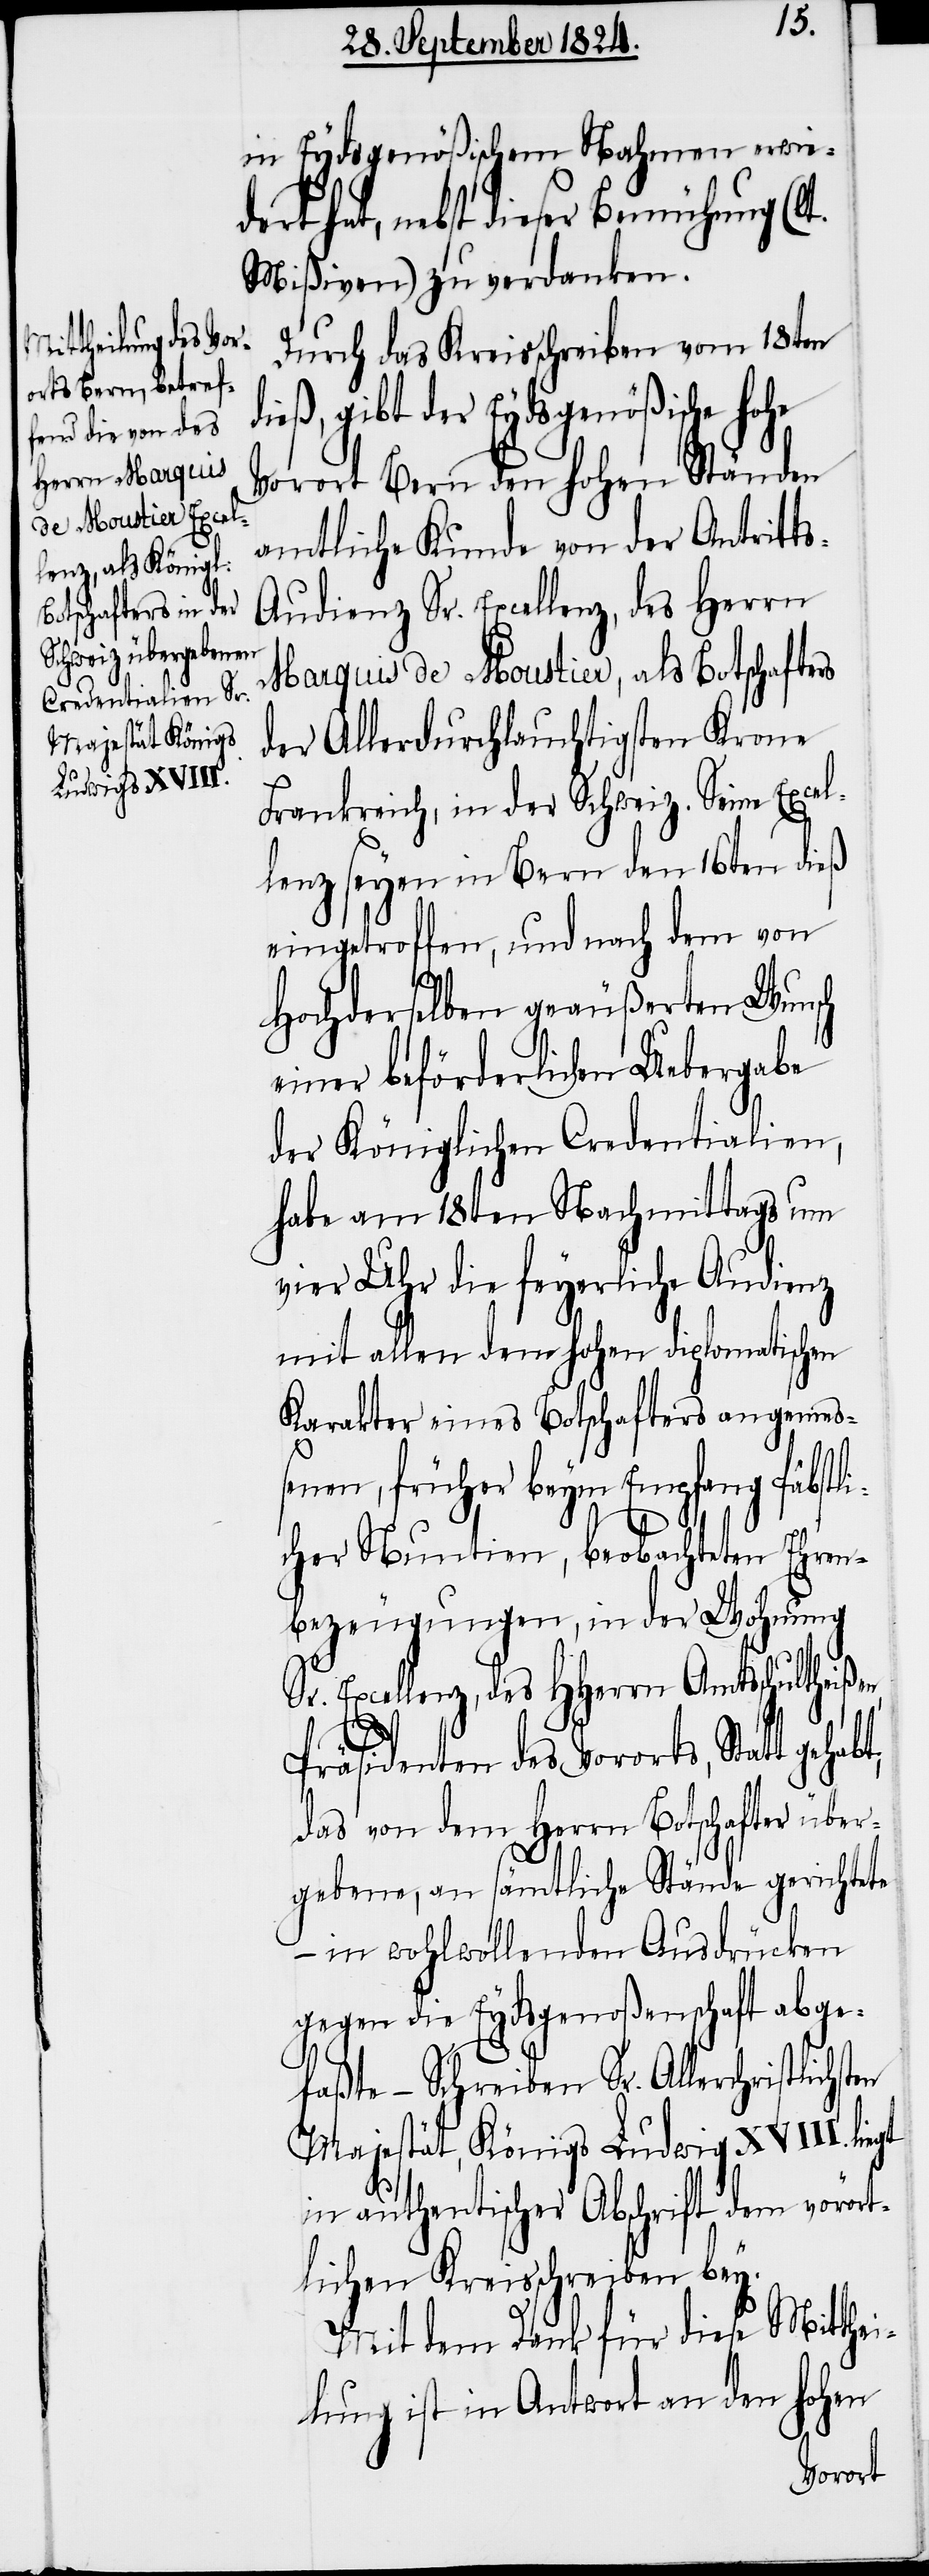
in Eydsgenößischem Nahmen erwied¬
ert hat, nebst dieser Bemühung (l¬
Mißiven) zu verdanken.
Durch das Kreisschreiben vom 18ten
dieß, gibt der Eydsgenößische hohe
Vorort Bern den hohen Ständen
amtliche Kunde von der Antritt¬
s-Audienz Sr. Excellenz, des Herrn
Marquis de Moustier, als Botschafters
der Allerdurchlauchtigsten Krone
Frankreich, in der Schweiz. Seine Excel¬
lenz seyen in Bern den 16ten dieß
eingetroffen, und nach dem von
t.
Hochderselben geäußerten Wunsch
einer beförderlichen Uebergabe
der Königlichen Credentialien,
habe am 18ten Nachmittags um
vier Uhr die feyerliche Audienz
mit allen dem hohen diplomatischen
Karakter eines Botschafters angemeß¬
en, früher beym Empfang Päbstl¬
icher Nuntien, beobachteten Ehren¬
bezeugungen, in der Wohnung
Sr. Excellenz, des HHerrn Amtsschultheißen,
Präsidenten des Vororts, Statt
das von dem Herrn Botschafter über¬
gebene, an sämtliche Stände gerichtete
– in wohlwollenden Ausdrücken
gegen die Eydsgenoßenschaft abge¬
faßte – Schreiben Sr. Allerchristlichen
Majestät, Königs Ludwig XVIII. liegt
in authentischer Abschrift dem vorört¬
lichen Kreisschreiben bey.
Mit dem Dank für diese Mitthei¬
lung ist in Antwort an den hohen